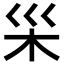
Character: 𪱵